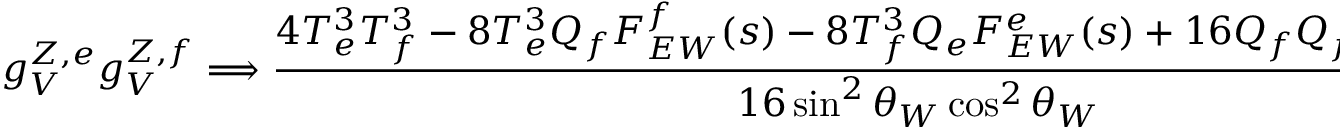
g _ { V } ^ { Z , e } g _ { V } ^ { Z , f } \Longrightarrow { \frac { 4 T _ { e } ^ { 3 } T _ { f } ^ { 3 } - 8 T _ { e } ^ { 3 } Q _ { f } F _ { E W } ^ { f } ( s ) - 8 T _ { f } ^ { 3 } Q _ { e } F _ { E W } ^ { e } ( s ) + 1 6 Q _ { f } Q _ { f } F _ { E W } ^ { e f } ( s , t ) } { 1 6 \sin ^ { 2 } \theta _ { W } \cos ^ { 2 } \theta _ { W } } } ,